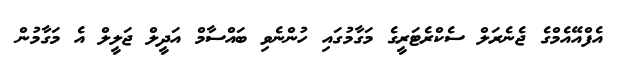
އެފްއޭއެމްގެ ޖެނެރަލް ސެކްރެޓަރީގެ މަގާމުގައި ހުންނެވި ބައްސާމް އަދީލް ޖަލީލް އެ މަގާމުން